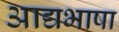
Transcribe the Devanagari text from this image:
आद्यभाषा